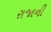
રાજાની